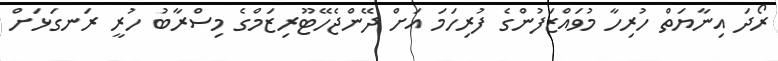
ރޯދަ އިނާޔަތް ހުރިހާ މުވައްޒަފުންގެ ފުރިހަމަ އަށް ދޭންޖެހޭޓޫރިޒަމްގެ މިސްރާބު ހުރީ ރަނގަޅަށް